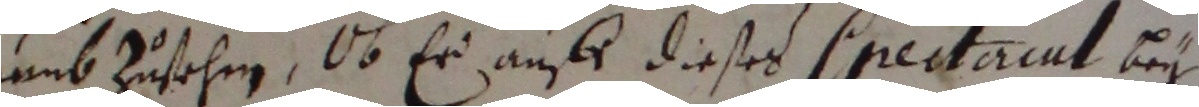
umb zusehen, ob er aufs dieses sprectacut bey